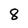
Character: 8